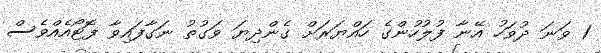
1 ވަނަ ދުވަހު އޭނާ ފުލުހުންގެ ހައްޔަރަށް ގެންދިޔަ ވަގުތު ނަގާފައިވާ ފޮޓޯއެއްވެސް